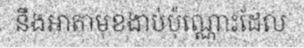
នឹងអាតាមុខងាប់ប៉ុណ្ណោះដែល